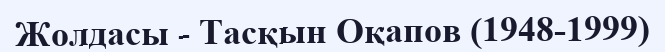
Жолдасы - Тасқын Оқапов (1948-1999)